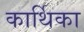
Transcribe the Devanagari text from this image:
कार्थिका